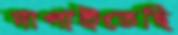
দাপাইতেছি